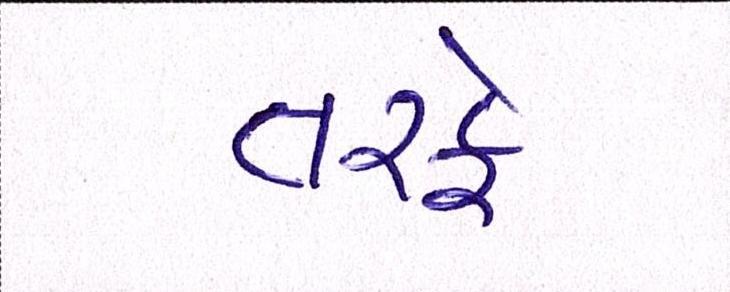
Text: તરફે